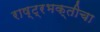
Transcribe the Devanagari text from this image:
राष्ट्रभक्तीचा